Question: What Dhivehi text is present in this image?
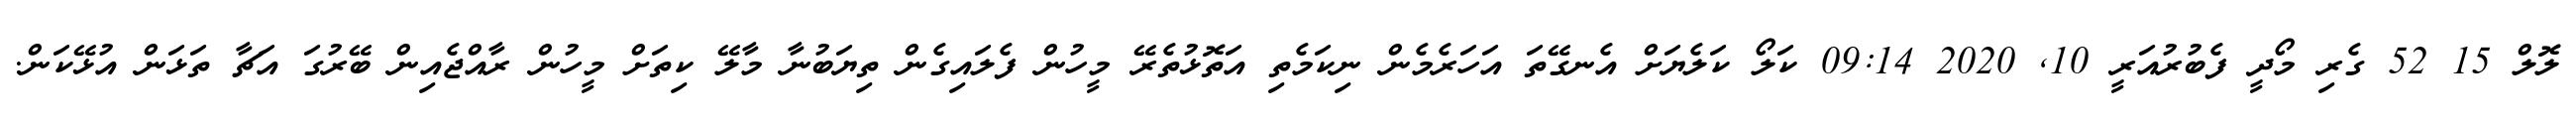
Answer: ލޮލް 15 52 ގެރި މޯދީ ފެބުރުއަރީ 10, 2020 09:14 ކަލޯ ކަލެޔަށް އެނގޭތަ އަހަރެމެން ނިކަމެތި އަތޮޅުތެރޭ މީހުން ފެލައިގެން ތިޔަބުނާ މާލޭ ކިތަށް މީހުން ރާއްޖެއިން ބޭރުގަ އަޗާ ތަޅަން އުޅޭކަން.